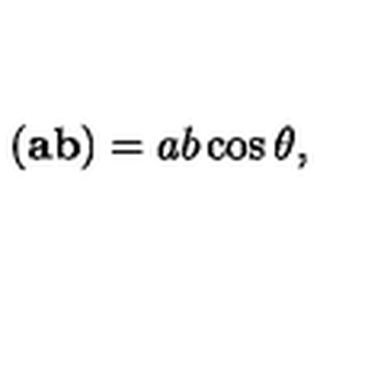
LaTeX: ( { \bf a b } ) = a b \cos { \theta } ,